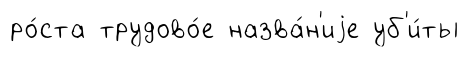
ро́ста трудово́е назва́н'иjе уб'и́ты